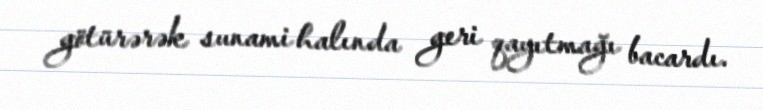
götürərək sunami halında geri qayıtmağı bacardı.